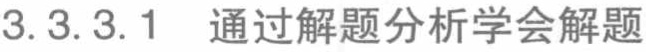
3.3.3.1 通过解题分析学会解题